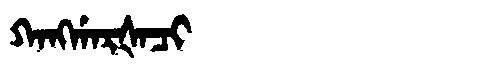
Manchu: ᡴᠠᠩᡤᠠᡵᡧᠠᠴᡳ
Romanization: KANGGARŠACI